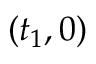
( t _ { 1 } , 0 )